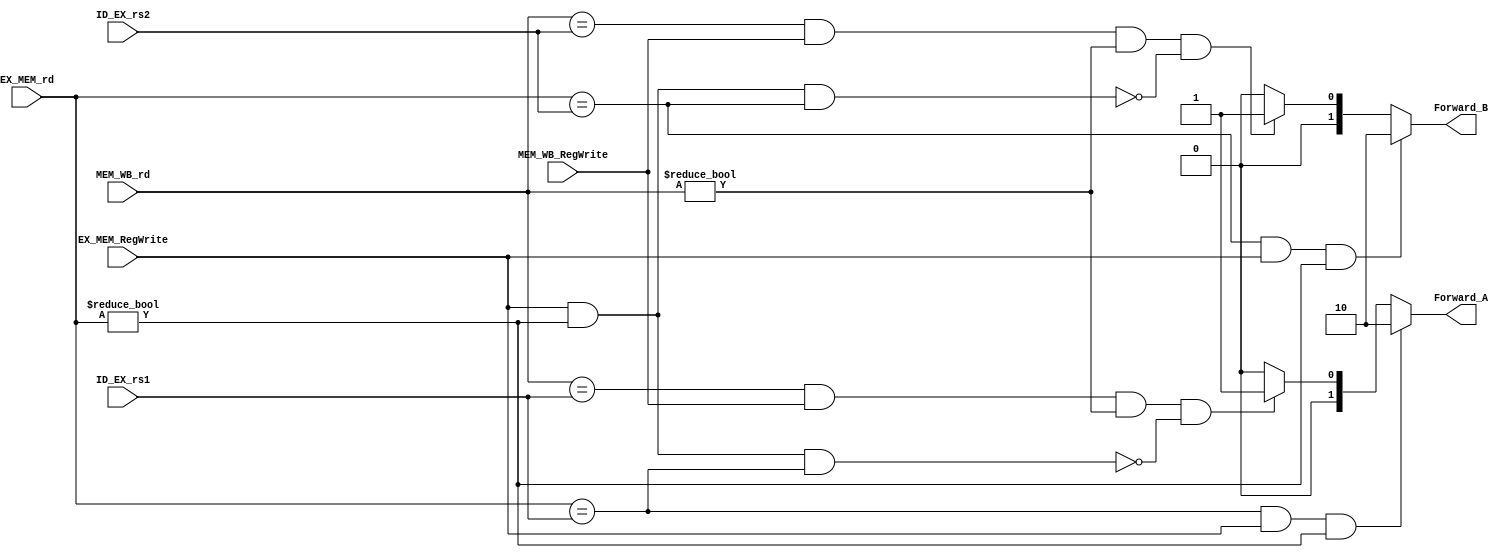
module F_Unit
(
  input [4:0] ID_EX_rs1,
  input [4:0] ID_EX_rs2,
  input [4:0] EX_MEM_rd,
  input EX_MEM_RegWrite,
  input [4:0] MEM_WB_rd,
  input MEM_WB_RegWrite,
  
  output reg [1:0] Forward_A, Forward_B

);

  
  always @(*)
    begin
      
      
                       //Forward A
      
      //1a. EX/MEM.RegisterRd == ID/EX.RegisterRs1
      if ((EX_MEM_rd == ID_EX_rs1) && (EX_MEM_RegWrite == 1) && (EX_MEM_rd != 0))

		Forward_A = 2'b10;   //ForwardA = 10
      
		
	  //2a. MEM/WB.RegisterRd == ID/EX.RegisterRs1
      else if ((MEM_WB_rd == ID_EX_rs1) && (MEM_WB_RegWrite == 1) && (MEM_WB_rd != 0) && !(EX_MEM_RegWrite == 1 && EX_MEM_rd != 0 && EX_MEM_rd == ID_EX_rs1))
        
		Forward_A = 2'b01;  //ForwardA = 01
      
      
      else
        Forward_A = 2'b00; //ForwardA = 00
			
      
      
      
      				//Forward B

		
      //1b. EX/MEM.RegisterRd == ID/EX.RegisterRs2
      if ((EX_MEM_rd == ID_EX_rs2) && (EX_MEM_RegWrite == 1) && (EX_MEM_rd != 0))

		Forward_B = 2'b10;   //ForwardB = 10
		
      //2b. MEM/WB.RegisterRd == ID/EX.RegisterRs2
      else if ((MEM_WB_rd == ID_EX_rs2) && (MEM_WB_RegWrite == 1) && (MEM_WB_rd != 0) &&!(EX_MEM_RegWrite == 1 && EX_MEM_rd != 0 && EX_MEM_rd == ID_EX_rs2))
        
		Forward_B = 2'b01;  //ForwardB = 01
      
      
      else
        Forward_B = 2'b00; //ForwardB = 00
    
    
    end

endmodule